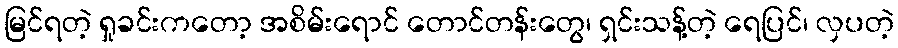
မြင်ရတဲ့ ရှုခင်းကတော့ အစိမ်းရောင် တောင်တန်းတွေ၊ ရှင်းသန့်တဲ့ ရေပြင်၊ လှပတဲ့